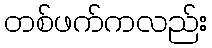
တစ်ဖက်ကလည်း